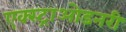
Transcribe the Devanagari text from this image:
एक्स्ट्राओडनरी